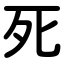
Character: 死